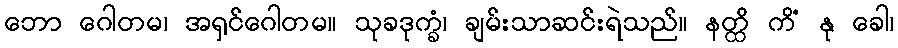
ဘော ဂေါတမ၊ အရှင်ဂေါတမ။ သုခဒုက္ခံ၊ ချမ်းသာဆင်းရဲသည်။ နတ္ထိ ကိံ နု ခေါ၊